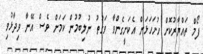
ފޯމް ތައްޔާރުކޮށް ހުށަހަޅަން އެކަށީގެންވާ ވަގުތު ނުލިބުމުން ކަމަށް ވެސް އޭނާ ވިދާޅުވި